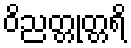
ဝိညတ္တုတ္တရိ